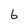
Character: 6